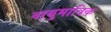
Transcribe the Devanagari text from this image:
वायुमात्रिक